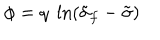
LaTeX: \phi = q \; \ln ( \tilde { \sigma } _ { f } - \tilde { \sigma } )